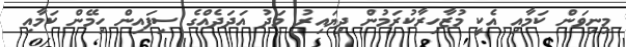
މިނިވަން ކަމާއި އެކީ މުޒާހިރާކުރަމުން ދިޔައިރު މަދު އަދަދެއްގެ ސިފައިން ހިމޭން ކަމާއި